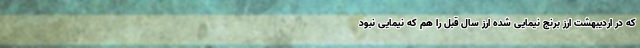
که در اردیبهشت ارز برنج نیمایی شده ارز سال قبل را هم که نیمایی نبود